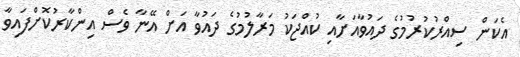
އެކަން ސިއްރުކުރުމުގެ ދައުވާއަށާއި ކުއްޖަކު މަރާލުމުގެ ދައުވާ އަށް އޭނާ ވެސް އިންކާރުކޮށްފައިވާ